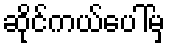
ဆိုင်ကယ်ပေါ်မှ